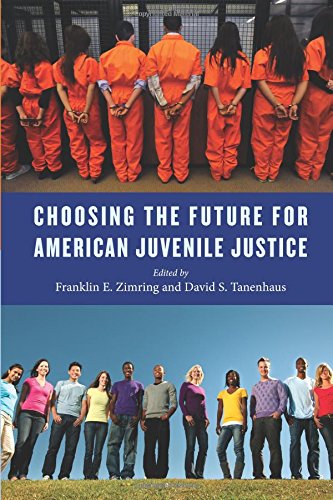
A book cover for Choosing the Future for American Juvenile Justice (Youth, Crime, and Justice); Law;